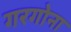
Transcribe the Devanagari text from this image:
गरगोना